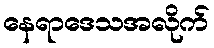
နေရာဒေသအလိုက်